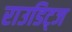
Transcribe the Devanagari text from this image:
राउडिट्ज